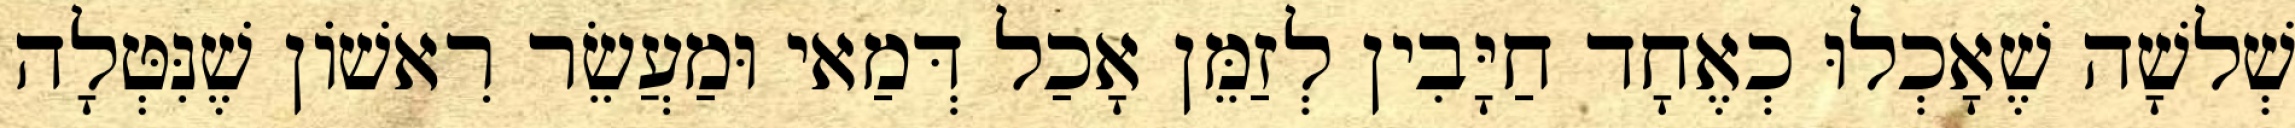
שְׁלשָׁה שֶׁאָכְלוּ כְאֶחָד חַיָּבִין לְזַמֵּן אָכַל דְּמַאי וּמַעֲשֵׂר רִאשׁוֹן שֶׁנִּטְּלָה